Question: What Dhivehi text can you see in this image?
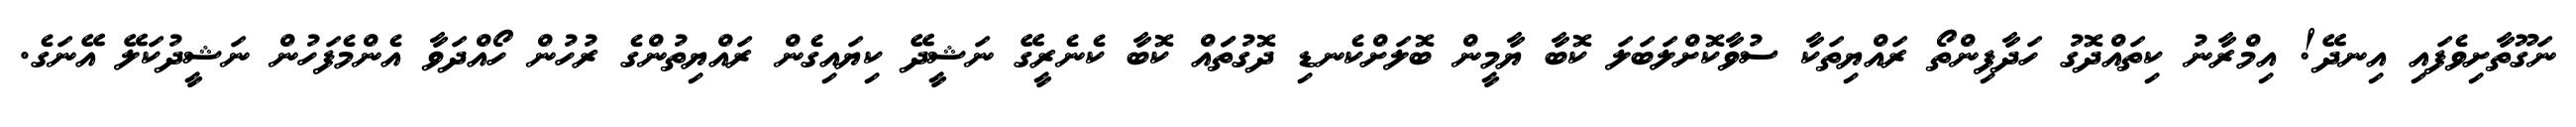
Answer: ނަގޫތާށިވެފައި އިނދޭ! އިމްރާނު ކިތައްދޮގު ހަދާފިންތޯ ރައްޔިތަކާ ސުވާކޮށްލަބަލަ ކޮބާ ޔާމީން ބޮލަށްކެނޑި ދޮގުތަައް ކޮބާ ކެނެރީގޭ ނަޝީދޭ ކިޔައިގެން ރައްޔިތުންގެ ރުހުން ހޯއްދަވާ އެންމެފަހުން ނަޝީދުކަލޭ އޭނަގެ.